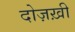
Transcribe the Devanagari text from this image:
दोज़ख़ी